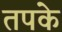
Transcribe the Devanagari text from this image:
तपके